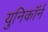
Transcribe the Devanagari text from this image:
युनिकॉर्न